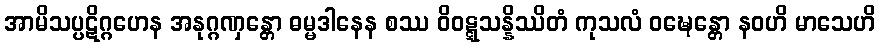
အာမိသပ္ပဋိဂ္ဂဟေန အနုဂ္ဂဏှန္တော ဓမ္မဒါနေန စဿ ဝိဝဋ္ဋသန္နိဿိတံ ကုသလံ ဝဍ္ဎေန္တော နဝဟိ မာသေဟိ